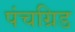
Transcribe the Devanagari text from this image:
पंचग्रिड